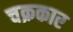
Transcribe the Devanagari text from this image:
चक्रकार